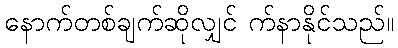
နောက်တစ်ချက်ဆိုလျှင် က်နာနိုင်သည်။